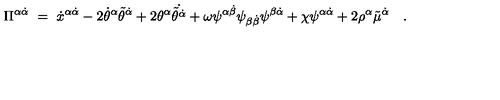
\Pi ^ { \alpha \dot { \alpha } } \ = \ \dot { x } ^ { \alpha \dot { \alpha } } - 2 \dot { \theta } ^ { \alpha } \tilde { \theta } ^ { \dot { \alpha } } + 2 \theta ^ { \alpha } \dot { { \tilde { \theta } } ^ { \dot { \alpha } } } + \omega \psi ^ { \alpha \dot { \beta } } \psi _ { \beta \dot { \beta } } \psi ^ { \beta \dot { \alpha } } + \chi \psi ^ { \alpha \dot { \alpha } } + 2 \rho ^ { \alpha } \tilde { \mu } ^ { \dot { \alpha } } \quad .